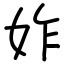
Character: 妰